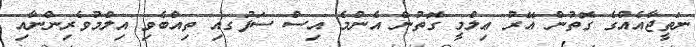
ނަތީޖާއެއްގެ ގޮތުން އޭރު ޢިލްމީ ގޮތުން އެންމެ އިސް ސަފުގއި ތިއްބެވި އިލްމުވެރިންނާއި